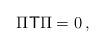
LaTeX: \begin{align*} \Pi\mathsf{T}\Pi=0\,,\end{align*}